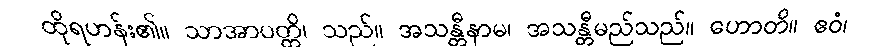
ထိုရဟန်း၏။ သာအာပတ္တိ၊ သည်။ အသန္တီနာမ၊ အသန္တီမည်သည်။ ဟောတိ။ ဧဝံ၊